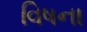
વિષના